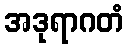
အဒုရာဂတံ